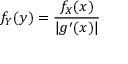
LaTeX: f _ { Y } ( y ) = { \frac { f _ { X } ( x ) } { | g ^ { \prime } ( x ) | } }